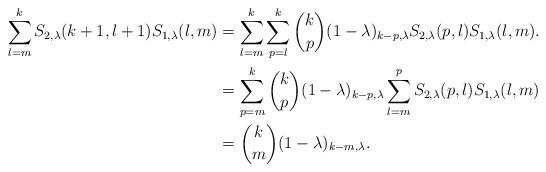
LaTeX: \begin{align*}\sum_{l=m}^{k}S_{2,\lambda}(k+1,l+1)S_{1,\lambda}(l,m)&=\sum_{l=m}^{k}\sum_{p=l}^{k}\binom{k}{p}(1-\lambda)_{k-p,\lambda}S_{2,\lambda}(p,l)S_{1,\lambda}(l,m).\\&=\sum_{p=m}^{k}\binom{k}{p}(1-\lambda)_{k-p,\lambda}\sum_{l=m}^{p}S_{2,\lambda}(p,l)S_{1,\lambda}(l,m) \\&=\binom{k}{m}(1-\lambda)_{k-m,\lambda}.\end{align*}